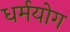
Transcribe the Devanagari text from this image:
धर्मयोग